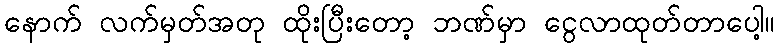
နောက် လက်မှတ်အတု ထိုးပြီးတော့ ဘဏ်မှာ ငွေလာထုတ်တာပေါ့။